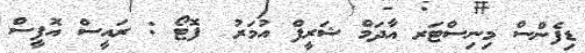
ޑިފެންސް މިނިސްޓަރ އާދަމް ޝަރީފް އުމަރު  ފޮޓޯ : ރައީސް އޮފީސް